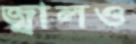
জ্বালও